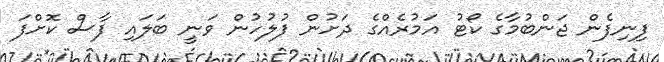
ފިނިފެން ޖަންބުމާގެ ކޯޓު އަމުރެއްގެ ދަށުން ފުލުހުން ވަނީ ބަލައި ފާސް ކޮށްފަ